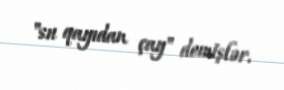
"su qayıdan çay" demişlər.